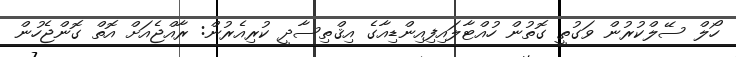
ހޯލް ސޭލްކުރުން ވަގުތީ ގޮތުން ހުއްޓާލައިފިއިންޑިއާގެ އިޤްތިސާދީ ކުރިއެރުން: ރާއްޖެއަށް އޮތް ގޮންޖެހުން